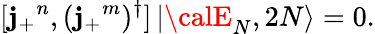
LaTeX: [\mathbf{j}_{+}{}^{n},(\mathbf{j}_{+}{}^{m})^{\dagger}]\left|{\calE}_{N},2N\right\rangle=0.